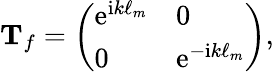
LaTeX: \mathbf{T}_{f}=\left(\begin{array}{ll}{\mathrm{e}^{\mathrm{i}k\ell_{m}}}&{0}\\ {0}&{\mathrm{e}^{-\mathrm{i}k\ell_{m}}}\end{array}\right),